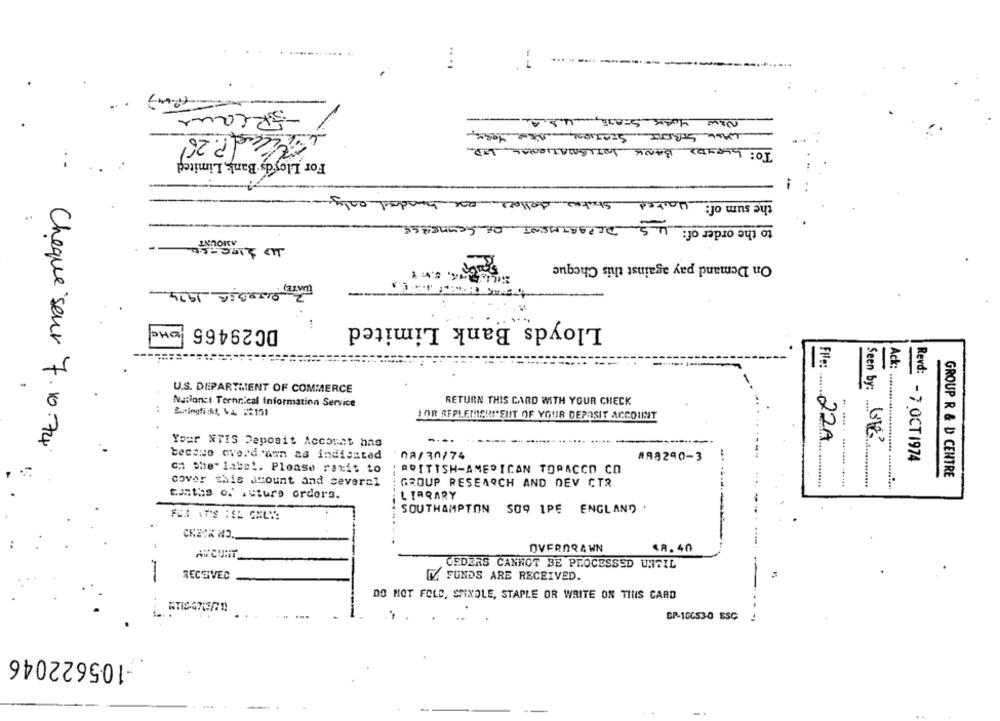
:
:
-ERcane
NEW YORK STATE, U.S.A.
1.9 td P.26
WALL STREET STATION, NEW YORK,
TO: LLOYDS BANK INTERNATIONAL LTD
For Lloyds Bank Limited
the sum of: waited States dollars one hundred only
U.S. DEPARTMENT OF COMMERCE
to the order of:
AMOUNT
On Demand pay against this Cheque
2 OCTOBER 1994
-
Lloyds Bank Limited
He
DC29465
U.S. DEPARTMENT OF COMMERCE
Seen by:
File: .......
Nationet Ternrical Information Service
RETURN THIS CARD WITH YOUR CHECK
:
Surringficht, VA. 22151
FOR REPLEMIENIEHIT OF YOUR DEPOSIT ACCOUNT
....
22A
Cheque seur 7.10.74
Your NTIS Deposit Account has
become overdrawn as indicated
08/30/74
#98290-3
Revd: - 7 OCT1974
ca the" labs !. Please retit to
BRITISH-AMERICAN TOPACCO CO
GROUP R & D CENTRE
cover this amount and several
GROUP RESEARCH AND DEV CTR
canths of Future orders.
L TARARY
SOUTHAMPTON SO9 1PE ENGLAND .
OVERDRAWN
<8. 40
ARCUNT
CEDERS CANNOT BE PROCESSED UNTIL
RECEIVED
FUNDS ARE RECEIVED.
DO NOT FOLD, SPINDLE, STAPLE OR WRITE ON THIS CARD
CP-10653-0 ESC
-105622046